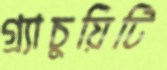
গ্র্যাচুয়িটি